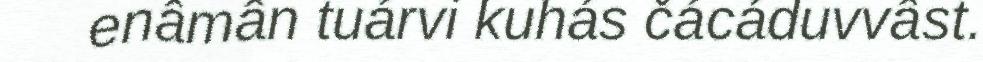
enâmân tuárvi kuhás čácáduvvâst.